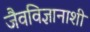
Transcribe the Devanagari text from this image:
जैवविज्ञानाशी